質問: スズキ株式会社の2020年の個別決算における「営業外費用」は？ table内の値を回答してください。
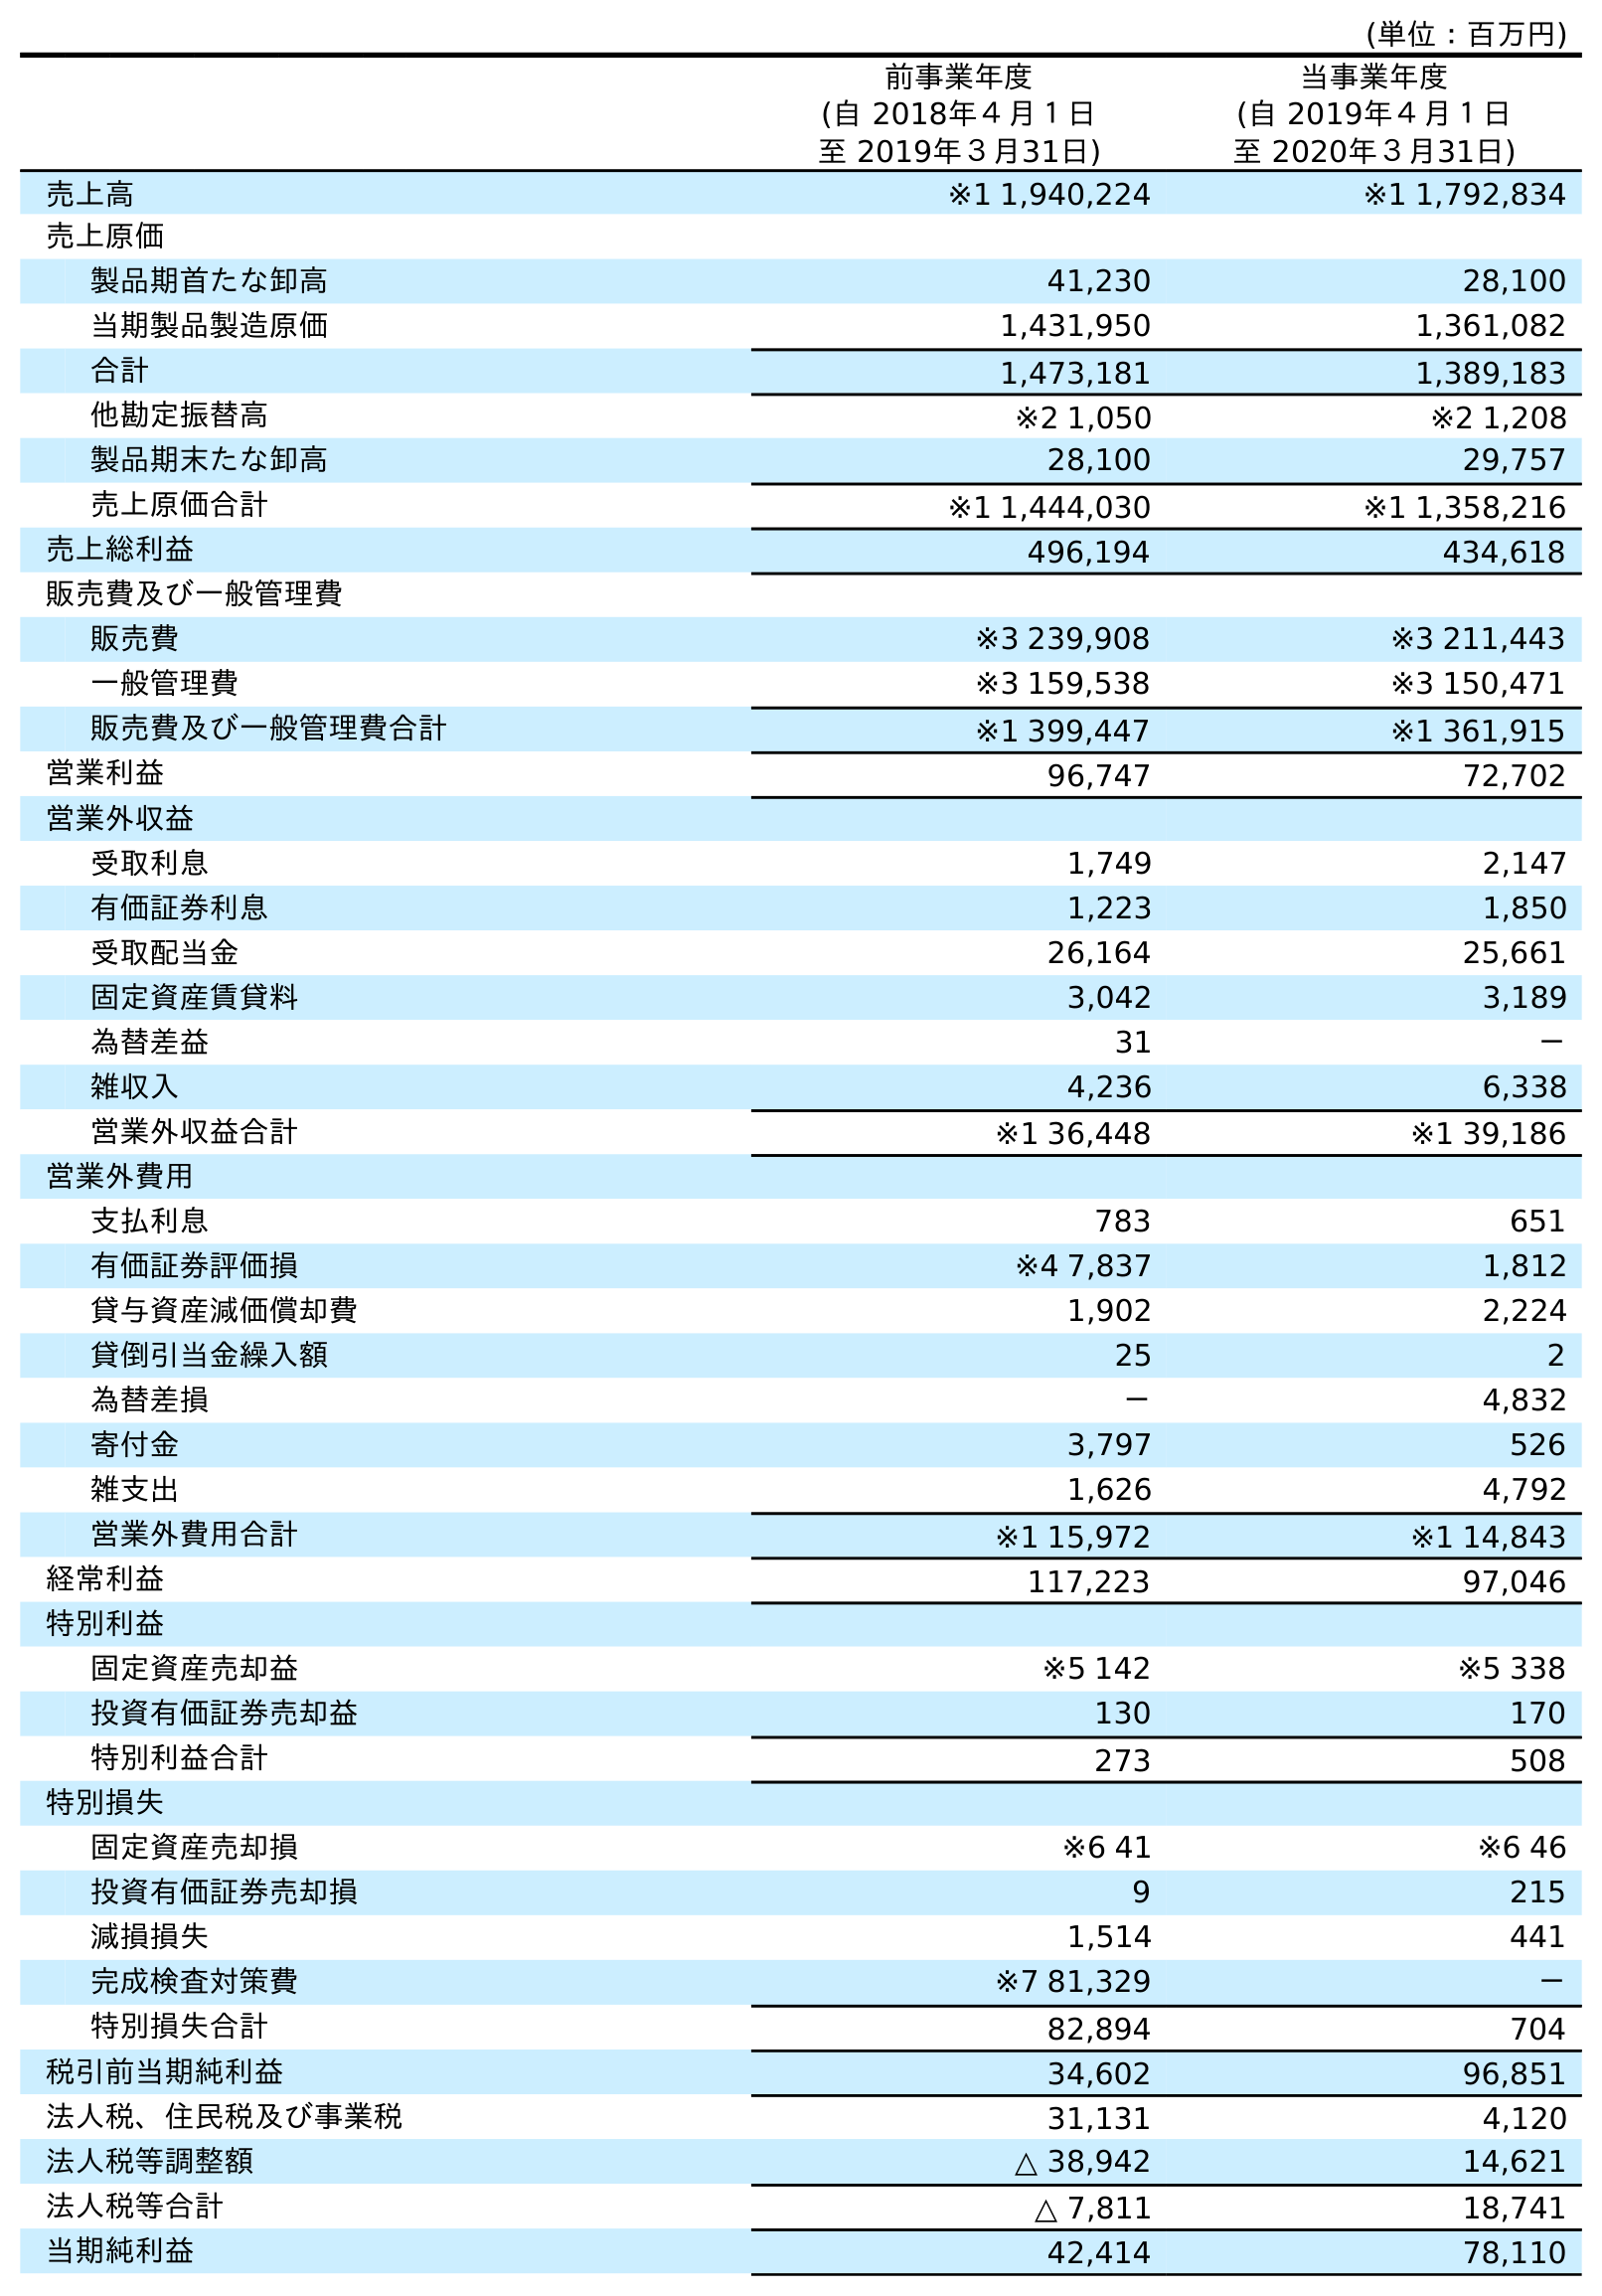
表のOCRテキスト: (単位：百万円) 前事業年度 (自 2018年４月１日 至 2019年３月31日) 当事業年度 (自 2019年４月１日 至 2020年３月31日) 売上高 ※1 1,940,224 ※1 1,792,834 売上原価 製品期首たな卸高 41,230 28,100 当期製品製造原価 1,431,950 1,361,082 合計 1,473,181 1,389,183 他勘定振替高 ※2 1,050 ※2 1,208 製品期末たな卸高 28,100 29,757 売上原価合計 ※1 1,444,030 ※1 1,358,216 売上総利益 496,194 434,618 販売費及び一般管理費 販売費 ※3 239,908 ※3 211,443 一般管理費 ※3 159,538 ※3 150,471 販売費及び一般管理費合計 ※1 399,447 ※1 361,915 営業利益 96,747 72,702 営業外収益 受取利息 1,749 2,147 有価証券利息 1,223 1,850 受取配当金 26,164 25,661 固定資産賃貸料 3,042 3,189 為替差益 31 － 雑収入 4,236 6,338 営業外収益合計 ※1 36,448 ※1 39,186 営業外費用 支払利息 783 651 有価証券評価損 ※4 7,837 1,812 貸与資産減価償却費 1,902 2,224 貸倒引当金繰入額 25 2 為替差損 － 4,832 寄付金 3,797 526 雑支出 1,626 4,792 営業外費用合計 ※1 15,972 ※1 14,843 経常利益 117,223 97,046 特別利益 固定資産売却益 ※5 142 ※5 338 投資有価証券売却益 130 170 特別利益合計 273 508 特別損失 固定資産売却損 ※6 41 ※6 46 投資有価証券売却損 9 215 減損損失 1,514 441 完成検査対策費 ※7 81,329 － 特別損失合計 82,894 704 税引前当期純利益 34,602 96,851 法人税、住民税及び事業税 31,131 4,120 法人税等調整額 △ 38,942 14,621 法人税等合計 △ 7,811 18,741 当期純利益 42,414 78,110
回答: ※114,843